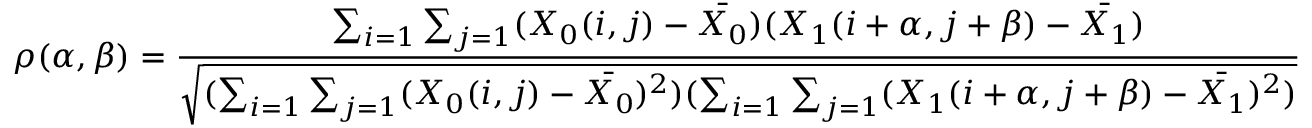
\rho ( \alpha , \beta ) = { \frac { \sum _ { i = 1 } \sum _ { j = 1 } ( X _ { 0 } ( i , j ) - { \bar { X _ { 0 } } } ) ( X _ { 1 } ( i + \alpha , j + \beta ) - { \bar { X _ { 1 } } } ) } { \sqrt { ( \sum _ { i = 1 } \sum _ { j = 1 } ( X _ { 0 } ( i , j ) - { \bar { X _ { 0 } } } ) ^ { 2 } ) ( \sum _ { i = 1 } \sum _ { j = 1 } ( X _ { 1 } ( i + \alpha , j + \beta ) - { \bar { X _ { 1 } } } ) ^ { 2 } ) } } }